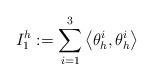
LaTeX: \begin{align*} I_1^h:=\sum_{i=1}^3\left\langle\theta^i_h,\theta^i_h\right\rangle\end{align*}